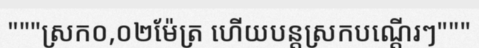
"""ស្រក០,០២ម៉ែត្រ ហើយបន្តស្រកបណ្តើរៗ"""